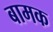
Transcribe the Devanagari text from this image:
बामक